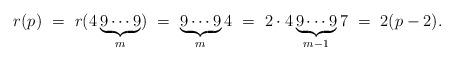
LaTeX: \begin{align*} r(p) \ =\ r(4\underbrace{9\cdots 9}_{m}) \ =\ \underbrace{9\cdots 9}_{m}4 \ =\ 2\cdot 4\underbrace{9\cdots 9}_{m-1}7 \ =\ 2(p-2).\end{align*}